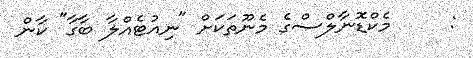
:     މެކްޑޮނާލްސްގެ މެނޫތަކަށް "ނިއުޓެއްލާ ބާގާ" ކާން